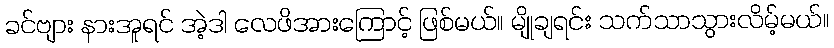
ခင်ဗျား နားအူရင် အဲ့ဒါ လေဖိအားကြောင့် ဖြစ်မယ်။ မျိုချရင်း သက်သာသွားလိမ့်မယ်။